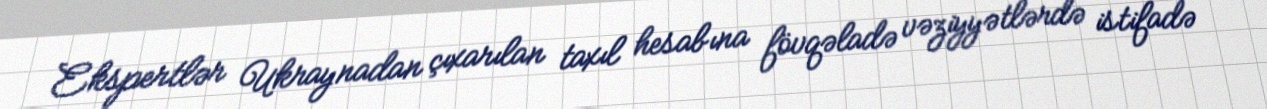
Ekspertlər Ukraynadan çıxarılan taxıl hesabına fövqəladə vəziyyətlərdə istifadə